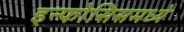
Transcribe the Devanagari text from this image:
इन्फोसिसमध्ये